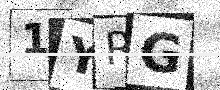
Text: 1YRG